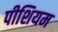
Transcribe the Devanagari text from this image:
पीशियम